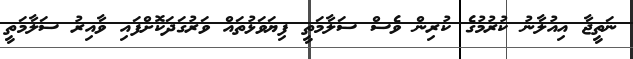
ނަތީޖާ އިއުލާނު ކުރުމުގެ ކުރިން ވެސް ސަލާމަތީ ފިޔަވަޅުތައް ވަރުގަދަކޮށްފައި ވާއިރު ސަލާމަތީ